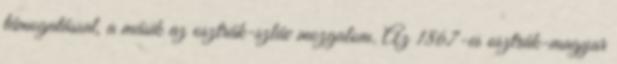
támogatással, a másik az osztrák-szláv mozgalom. Az 1867-es osztrák-magyar